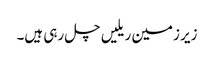
زیر زمین ریلیں چل رہی ہیں۔